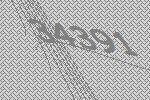
34391